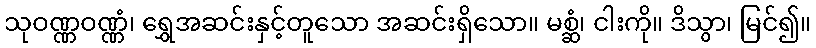
သုဝဏ္ဏဝဏ္ဏံ၊ ရွှေအဆင်းနှင့်တူသော အဆင်းရှိသော။ မစ္ဆံ၊ ငါးကို။ ဒိသွာ၊ မြင်၍။